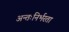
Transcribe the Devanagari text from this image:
अन्तःनिर्भरता